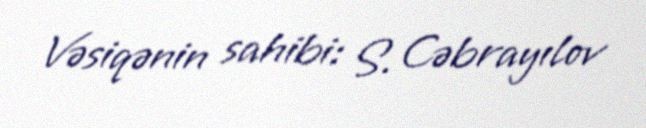
Vəsiqənin sahibi: S. Cəbrayılov